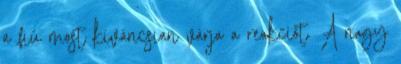
a fiú most kíváncsian várja a reakciót. A nagy